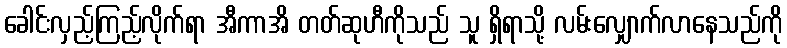
ခေါင်းလှည့်ကြည့်လိုက်ရာ အီကာအိ တတ်ဆုဟီကိုသည် သူ ရှိရာသို့ လမ်းလျှောက်လာနေသည်ကို